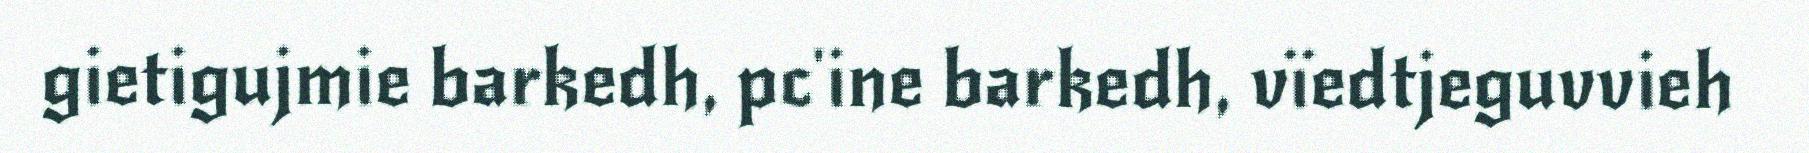
gietigujmie barkedh, pc'ine barkedh, vïedtjeguvvieh